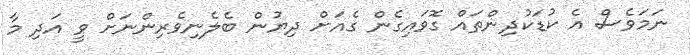
ނަމަވެސް އެ ކުޑަކުދިންތައް ގޮވައިގެން ގެއަށް ދިޔުން ބެލެނިވެރިންނަށް ވީ އަދި މާ